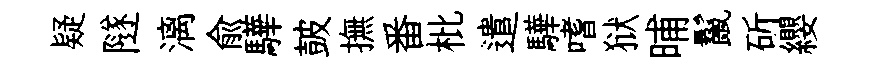
疑隧漓兪驊皷撫番枇遣驊嗜狱晡鬣斫纓